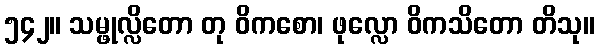
၅၄၂။ သမ္ဖုလ္လိတော တု ဝိကစော၊ ဖုလ္လော ဝိကသိတော တိသု။